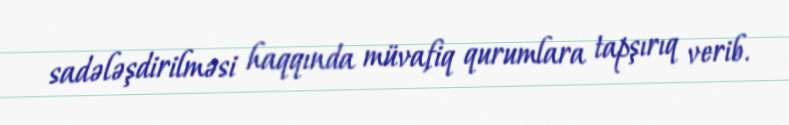
sadələşdirilməsi haqqında müvafiq qurumlara tapşırıq verib.